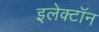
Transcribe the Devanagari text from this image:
इलेक्‍टॉन